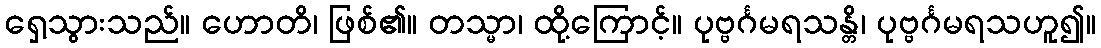
ရှေ့သွားသည်။ ဟောတိ၊ ဖြစ်၏။ တသ္မာ၊ ထို့ကြောင့်။ ပုဗ္ဗင်္ဂမရသန္တိ၊ ပုဗ္ဗင်္ဂမရသဟူ၍။